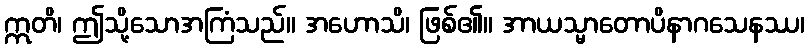
ဣတိ၊ ဤသို့သောအကြံသည်။ အဟောသိ၊ ဖြစ်၏။ အာယသ္မာတောပိနာဂသေနဿ၊